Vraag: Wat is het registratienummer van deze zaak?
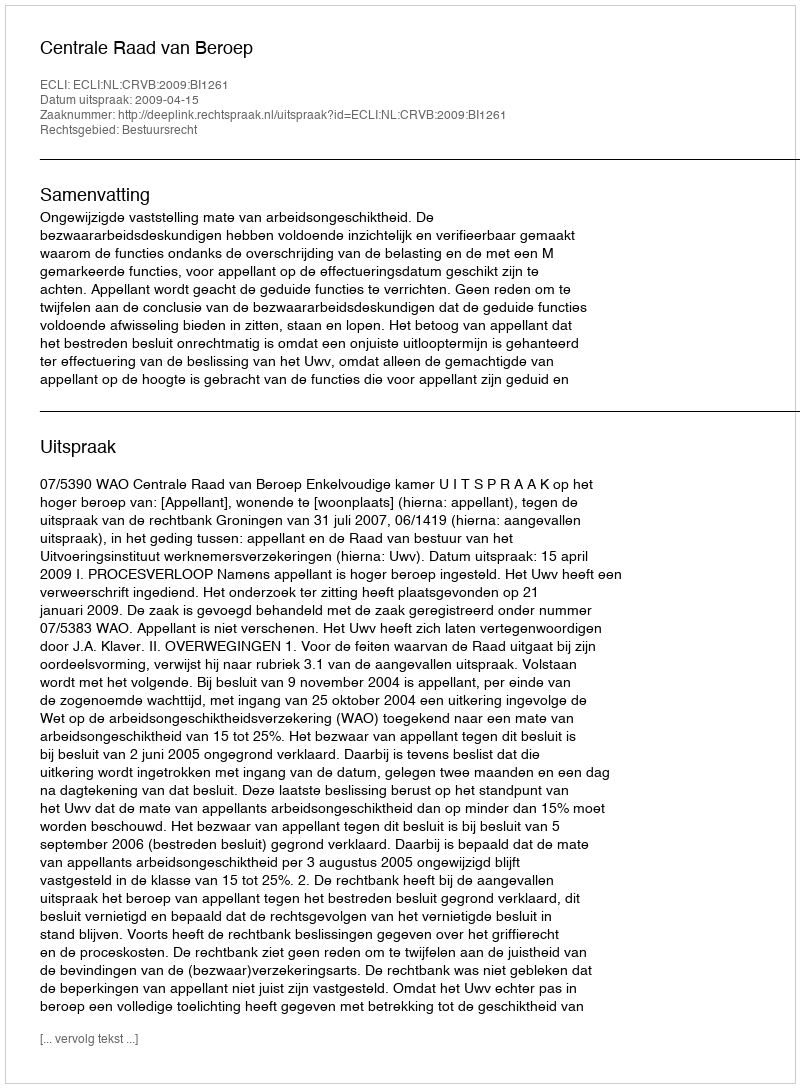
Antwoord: http://deeplink.rechtspraak.nl/uitspraak?id=ECLI:NL:CRVB:2009:BI1261